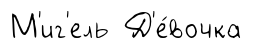
М'иг'ель Д'е́вочка